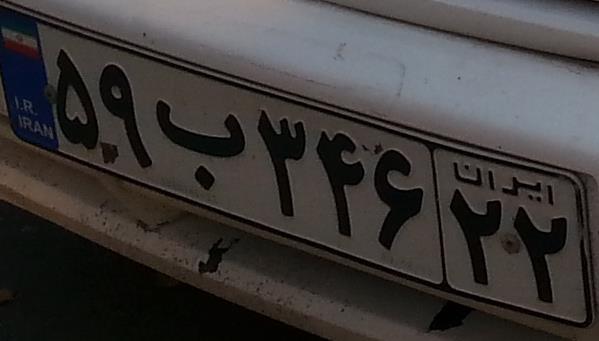
۵۹ب۳۴۶۲۲